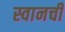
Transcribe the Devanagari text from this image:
स्वानची